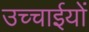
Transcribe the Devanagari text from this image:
उच्चाईयों